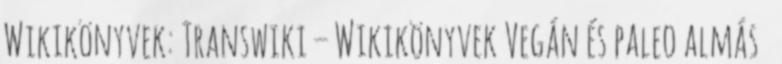
Wikikönyvek: Transwiki – Wikikönyvek Vegán és paleo almás